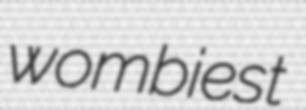
wombiest